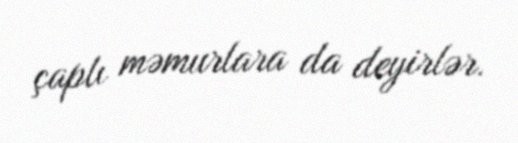
çaplı məmurlara da deyirlər.